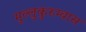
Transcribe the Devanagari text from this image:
मुल्लुकुरुम्बास